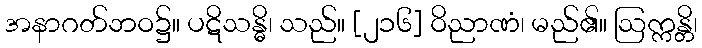
အနာဂတ်ဘဝ၌။ ပဋိသန္ဓိ၊ သည်။ [၂၁၆] ဝိညာဏံ၊ မည်၏။ ဩက္ကန္တိ၊